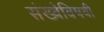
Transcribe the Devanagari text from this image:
संख्येविषयी